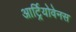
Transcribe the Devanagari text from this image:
आर्ट्रियोवेनस